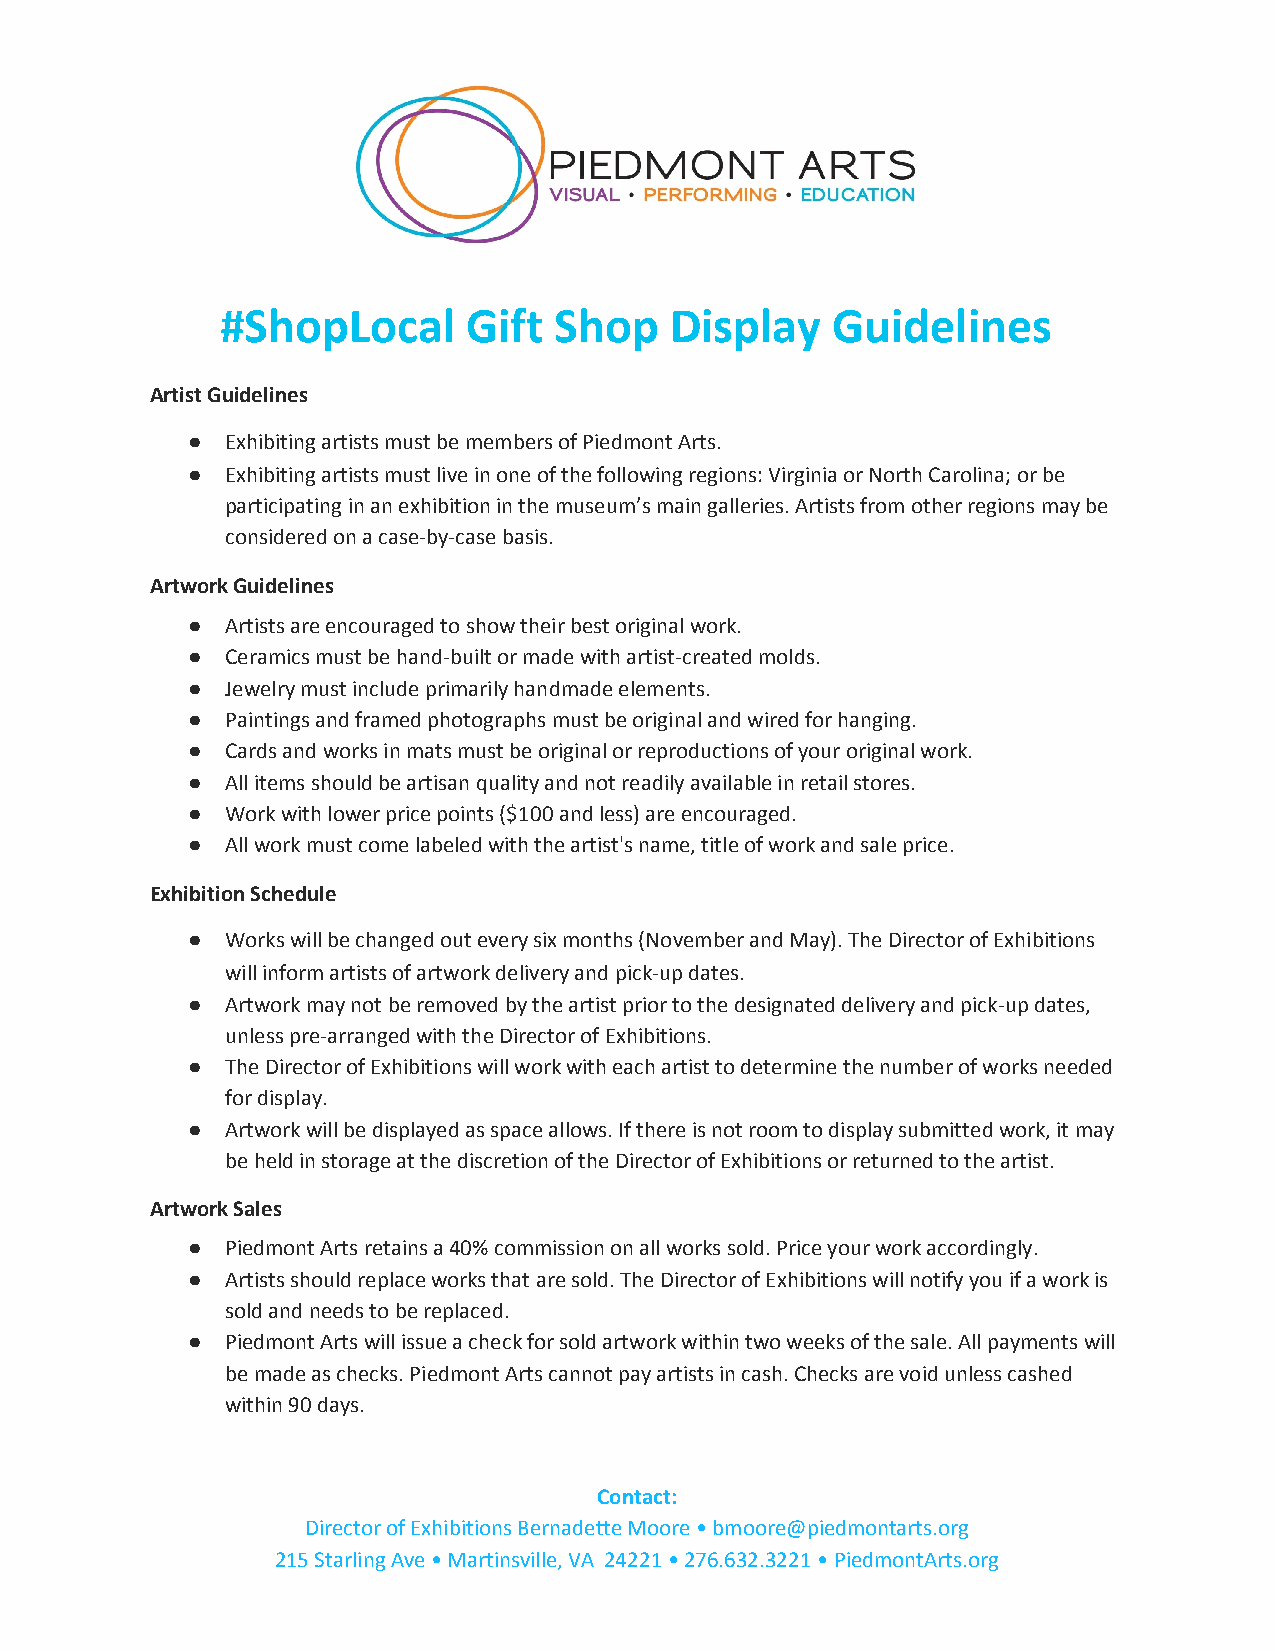
#ShopLocal      Gift  Shop   Display    Guidelines
 Artist Guidelines
 ●  Exhibiting artists must be members of Piedmont Arts.
 ●  Exhibiting artists must live in one of the following regions: Virginia or North Carolina; or be
 participating in an exhibition in the museum’s main galleries. Artists from other regions may be
 considered on a case-by-case basis.
 Artwork Guidelines
 ●  Artists are encouraged to show their best original work.
 ●  Ceramics must be hand-built or made with artist-created molds.
 ●  Jewelry must include primarily handmade elements.
 ●  Paintings and framed photographs must be original and wired for hanging.
 ●  Cards and works in mats must be original or reproductions of your original work.
 ●  All items should be artisan quality and not readily available in retail stores.
 ●  Work with lower price points ($100 and less) are encouraged.
 ●  All work must come labeled with the artist's name, title of work and sale price.
 Exhibition Schedule
 ●  Works will be changed out every six months (November and May). The Director of Exhibitions
 will inform artists of artwork delivery and pick-up dates.
 ●  Artwork may not be removed by the artist prior to the designated delivery and pick-up dates,
 unless pre-arranged with the Director of Exhibitions.
 ●  The Director of Exhibitions will work with each artist to determine the number of works needed
 for display.
 ●  Artwork will be displayed as space allows. If there is not room to display submitted work, it may
 be held in storage at the discretion of the Director of Exhibitions or returned to the artist.
 Artwork Sales
 ●  Piedmont Arts retains a 40% commission on all works sold. Price your work accordingly.
 ​
 ●  Artists should replace works that are sold. The Director of Exhibitions will notify you if a work is
 sold and needs to be replaced.
 ●  Piedmont Arts will issue a check for sold artwork within two weeks of the sale. All payments will
 be made as checks. Piedmont Arts cannot pay artists in cash. Checks are void unless cashed
 within 90 days.
 Contact:
 Director of Exhibitions Bernadette Moore • bmoore@piedmontarts.org
 215 Starling Ave • Martinsville, VA 24221 • 276.632.3221 • PiedmontArts.org